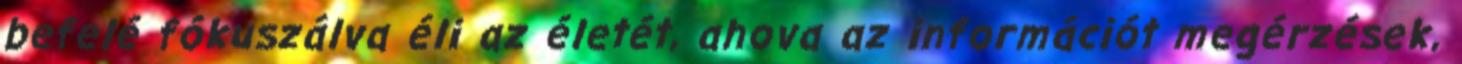
befelé fókuszálva éli az életét, ahova az információt megérzések,